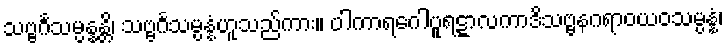
သဗ္ဗင်္ဂသမ္ပန္နန္တိ၊ သဗ္ဗင်္ဂသမ္ပန္နံဟူသည်ကား။ ပါကာရဂေါပူရဋ္ဋာလကာဒိသဗ္ဗနဂရာဝယဝသမ္ပန္နံ၊